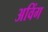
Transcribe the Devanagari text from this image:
अविंग